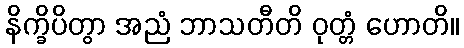
နိက္ခိပိတွာ အညံ ဘာသတီတိ ဝုတ္တံ ဟောတိ။